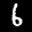
Label: 6